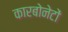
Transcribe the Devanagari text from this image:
कारबोनेटों